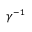
\gamma ^ { - 1 }